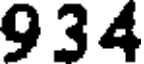
934